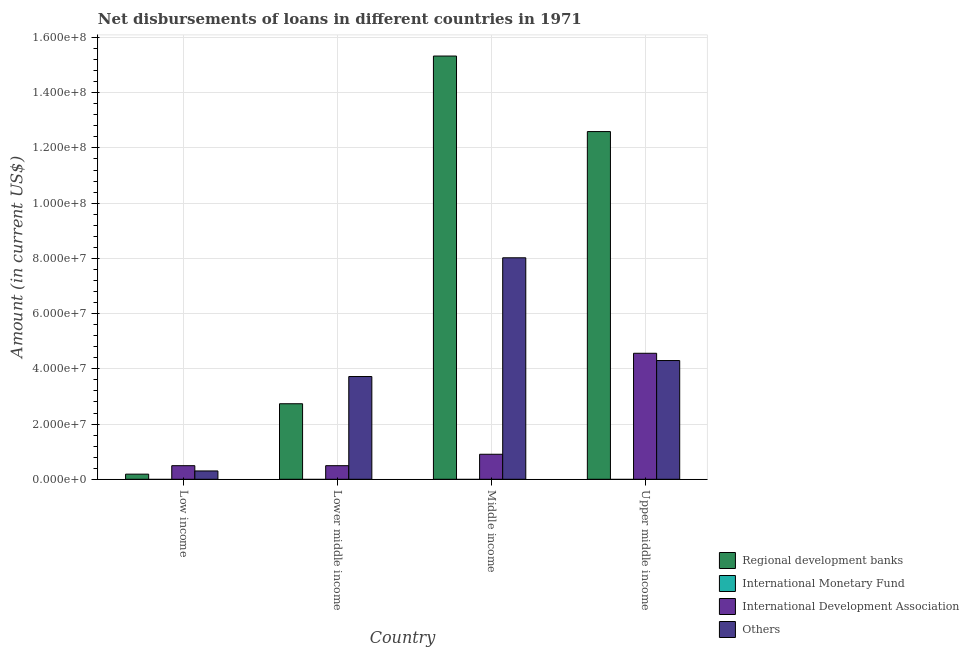
| Country | Regional development banks | International Monetary Fund | International Development Association | Others |
 | --- | --- | --- | --- | --- |
 | Low income | 1.86e+06 | -3.49e+06 | 4.92e+06 | 3.02e+06 |
 | Lower middle income | 2.74e+07 | -4.76e+06 | 4.92e+06 | 3.72e+07 |
 | Middle income | 1.53e+08 | -1.22e+07 | 9.06e+06 | 8.02e+07 |
 | Upper middle income | 1.26e+08 | -7.48e+06 | 4.56e+07 | 4.3e+07 |